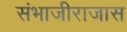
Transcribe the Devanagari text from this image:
संभाजीराजास